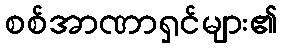
စစ်အာဏာရှင်များ၏